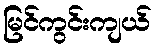
မြင်ကွင်းကျယ်